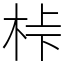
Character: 桛